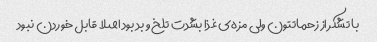
با تشکر از زحماتتون ولی مزه‌ی غذا بشدت تلخ و بد بود اصلا قابل خوردن نبود